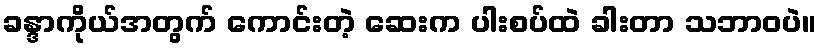
ခန္ဒာကိုယ်အတွက် ကောင်းတဲ့ ဆေးက ပါးစပ်ထဲ ခါးတာ သဘာဝပဲ။